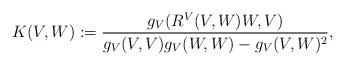
LaTeX: \begin{align*} K(V,W):=\frac{g_V(R^V(V,W)W,V)}{g_V(V,V)g_V(W,W)-g_V(V,W)^2},\end{align*}